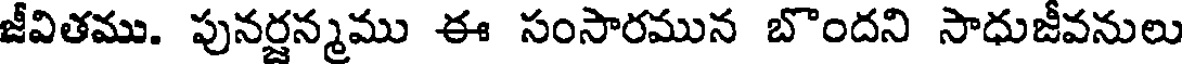
జీవితము. పునర్జన్మము ఈ సంసారమున బొందని సాధుజీవనులు